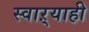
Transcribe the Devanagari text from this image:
स्वाऱ्याही